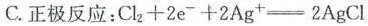
C.正极反应：Clz+2e-+2Ag+--2AgCl